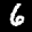
Label: 6